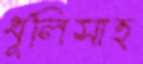
ধূলিসাত্